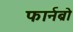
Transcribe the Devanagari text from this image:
फार्नब्रो